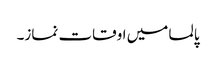
پالما میں اوقات نماز۔